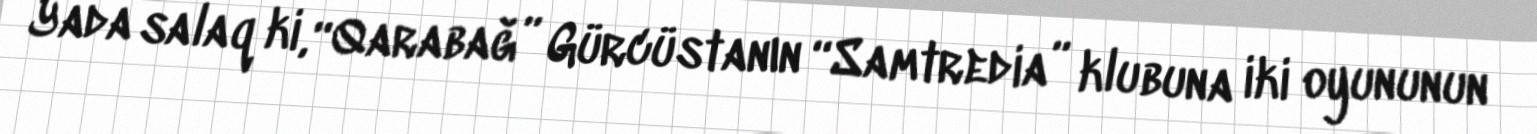
Yada salaq ki, “Qarabağ” Gürcüstanın “Samtredia” klubuna iki oyununun